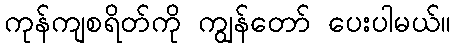
ကုန်ကျစရိတ်ကို ကျွန်တော် ပေးပါမယ်။